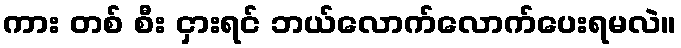
ကား တစ် စီး ငှားရင် ဘယ်လောက်လောက်ပေးရမလဲ။